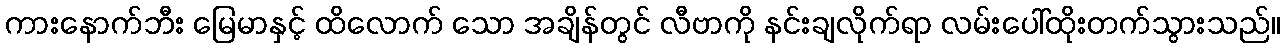
ကားနောက်ဘီး မြေမာနှင့် ထိလောက် သော အချိန်တွင် လီဗာကို နင်းချလိုက်ရာ လမ်းပေါ်ထိုးတက်သွားသည်။